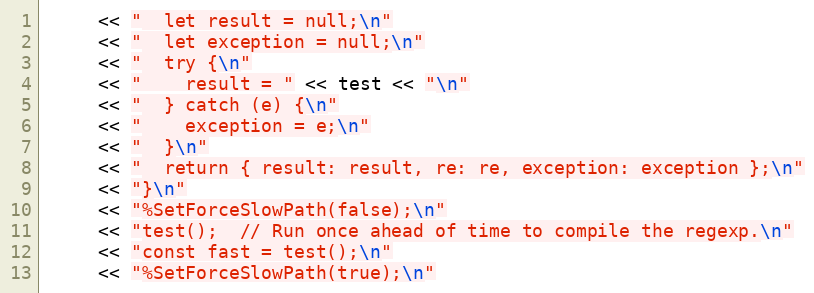
Language: C++
     << "  let result = null;\n"
     << "  let exception = null;\n"
     << "  try {\n"
     << "    result = " << test << "\n"
     << "  } catch (e) {\n"
     << "    exception = e;\n"
     << "  }\n"
     << "  return { result: result, re: re, exception: exception };\n"
     << "}\n"
     << "%SetForceSlowPath(false);\n"
     << "test();  // Run once ahead of time to compile the regexp.\n"
     << "const fast = test();\n"
     << "%SetForceSlowPath(true);\n"